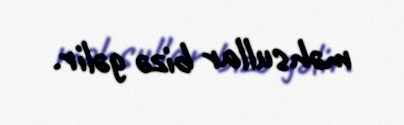
məhsullar bizə gəlir.